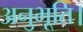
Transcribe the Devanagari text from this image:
अनुभूति।